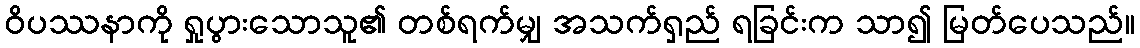
ဝိပဿနာကို ရှုပွားသောသူ၏ တစ်ရက်မျှ အသက်ရှည် ရခြင်းက သာ၍ မြတ်ပေသည်။